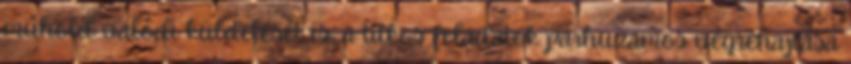
műhold valódi küldetését is, a titkos feladatok párhuzamos végrehajtása